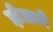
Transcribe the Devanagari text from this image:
झेलावे